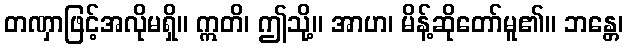
တဏှာဖြင့်အလိုမရှိ။ ဣတိ၊ ဤသို့။ အာဟ၊ မိန့်ဆိုတော်မူ၏။ ဘန္တေ၊